Insane asylums in Bengal annual reports 1867-1875 - 1867-1875
Year: 1867
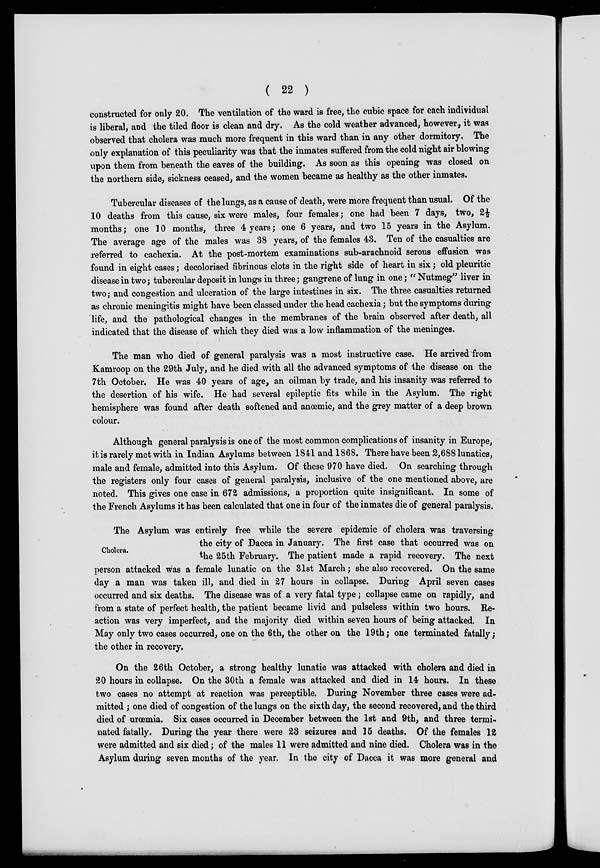
( 22 )
constructed for only 20. The ventilation of the ward is free, the cubic space for each individual
is liberal, and the tiled floor is clean and dry. As the cold weather advanced, however, it was
observed that cholera was much more frequent in this ward than in any other dormitory. The
only explanation of this peculiarity was that the inmates suffered from the cold night air blowing
upon them from beneath the eaves of the building. As soon as this opening was closed on
the northern side, sickness ceased, and the women became as healthy as the other inmates.
Tubercular diseases of the lungs, as a cause of death, were more frequent than usual. Of the
10 deaths from this cause, six were males, four females; one had been 7 days, two, 2½
months; one 10 months, three 4 years; one 6 years, and two 15 years in the Asylum.
The average age of the males was 38 years, of the females 43. Ten of the casualties are
referred to cachexia. At the post-mortem examinations sub-arachnoid serous effusion was
found in eight cases; decolorised fibrinous clots in the right side of heart in six; old pleuritic
disease in two; tubercular deposit in lungs in three; gangrene of lung in one; " Nutmeg" liver in
two; and congestion and ulceration of the large intestines in six. The three casualties returned
as chronic meningitis might have been classed under the head cachexia; but the symptoms during
life, and the pathological changes in the membranes of the brain observed after death, all
indicated that the disease of which they died was a low inflammation of the meninges.
The man who died of general paralysis was a most instructive case. He arrived from
Kamroop on the 29th July, and he died with all the advanced symptoms of the disease on the
7th October. He was 40 years of age, an oilman by trade, and his insanity was referred to
the desertion of his wife. He had several epileptic fits while in the Asylum. The right
hemisphere was found after death softened and anœmic, and the grey matter of a deep brown
colour.
Although general paralysis is one of the most common complications of insanity in Europe,
it is rarely met with in Indian Asylums between 1841 and 1868. There have been 2,688 lunatics,
male and female, admitted into this Asylum. Of these 970 have died. On searching through
the registers only four cases of general paralysis, inclusive of the one mentioned above, are
noted. This gives one case in 672 admissions, a proportion quite insignificant. In some of
the French Asylums it has been calculated that one in four of the inmates die of general paralysis.
Cholera.
The Asylum was entirely free while the severe epidemic of cholera was traversing
the city of Dacca in January. The first case that occurred was on
the 25th February. The patient made a rapid recovery. The next
person attacked was a female lunatic on the 31st March; she also recovered. On the same
day a man was taken ill, and died in 27 hours in collapse. During April seven cases
occurred and six deaths. The disease was of a very fatal type; collapse came on rapidly, and
from a state of perfect health, the patient became livid and pulseless within two hours. Re-
action was very imperfect, and the majority died within seven hours of being attacked. In
May only two cases occurred, one on the 6th, the other on the 19th; one terminated fatally;
the other in recovery.
On the 26th October, a strong healthy lunatic was attacked with cholera and died in
20 hours in collapse. On the 30th a female was attacked and died in 14 hours. In these
two cases no attempt at reaction was perceptible. During November three cases were ad-
mitted ; one died of congestion of the lungs on the sixth day, the second recovered, and the third
died of urœmia. Six cases occurred in December between the 1st and 9th, and three termi-
nated fatally. During the year there were 23 seizures and 15 deaths. Of the females 12
were admitted and six died; of the males 11 were admitted and nine died. Cholera was in the
Asylum during seven months of the year. In the city of Dacca it was more general and